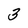
Character: 3